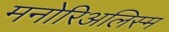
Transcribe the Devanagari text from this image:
मनोरिअलिस्म